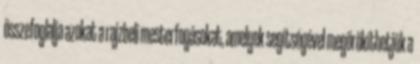
összefoglalja azokat a rajzbeli mesterfogásokat, amelyek segítségével megörökíthetjük a